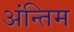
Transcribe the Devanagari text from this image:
अंन्तिम